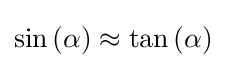
\sin {\left(\alpha \right)}\approx \tan {\left(\alpha \right)}